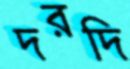
দরদি